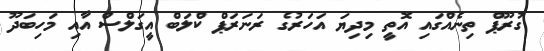
ގުރޫޕް ތިނެއްގައި އޮތީ މިދިޔަ އަހަރުގެ ރަނަރަޕް ކްލަބް އީގަލްސް އާއި މަހިބަދޫ